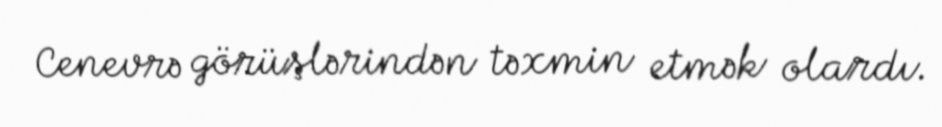
Cenevrə görüşlərindən təxmin etmək olardı.